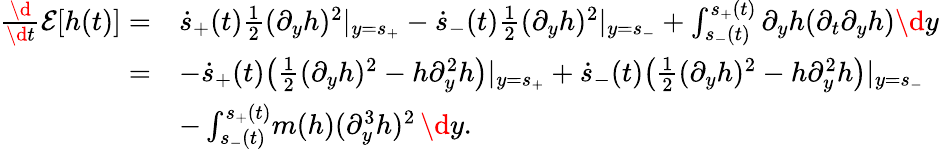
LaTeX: \begin{array}{rl}{\frac{\d}{\d t}\mathcal E[h(t)]=}&{\dot{s}_{+}(t)\frac 12(\partial_{y}h)^{2}|_{y=s_{+}}-\dot{s}_{-}(t)\frac 12(\partial_{y}h)^{2}|_{y=s_{-}}+\int_{s_{-}(t)}^{s_{+}(t)}\partial_{y}h(\partial_{t}\partial_{y}h)\d y}\\ {=}&{-\dot{s}_{+}(t)\big(\frac 12(\partial_{y}h)^{2}-h\partial_{y}^{2}h\big)|_{y=s_{+}}+\dot{s}_{-}(t)\big(\frac 12(\partial_{y}h)^{2}-h\partial_{y}^{2}h\big)|_{y=s_{-}}}\\ &{-\int_{s_{-}(t)}^{s_{+}(t)}\! m(h)(\partial_{y}^{3}h)^{2}\, \d y.}\end{array}